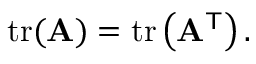
\operatorname { t r } ( \mathbf { A } ) = \operatorname { t r } \left( \mathbf { A } ^ { \mathsf { T } } \right) .